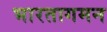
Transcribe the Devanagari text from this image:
भारतागमन